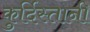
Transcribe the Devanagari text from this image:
कुर्दिस्तानी